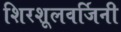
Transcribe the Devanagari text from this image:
शिरशूलवर्जिनी